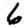
Digit: 6